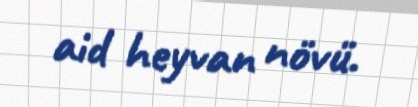
aid heyvan növü.